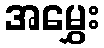
အမွှေး